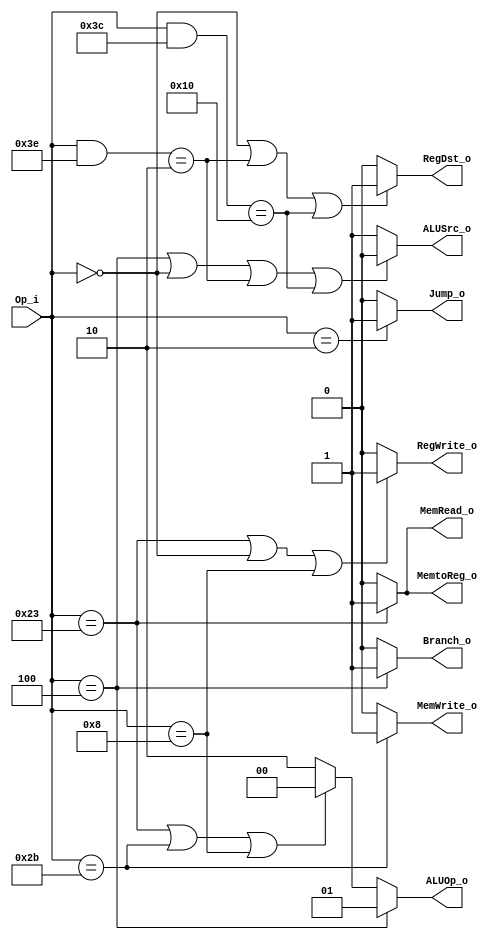
module Control(Op_i,RegDst_o,Jump_o,Branch_o,MemRead_o,MemtoReg_o,ALUOp_o,MemWrite_o,ALUSrc_o,RegWrite_o);
parameter Op_lw=6'b100011,Op_sw=6'b101011,Op_beq=6'b000100,Op_ALU=6'b000000,Op_j=6'b000010,Op_addi=6'b001000;
input	[5:0]	Op_i;
output			RegDst_o,Jump_o,Branch_o,MemRead_o,MemtoReg_o,MemWrite_o,ALUSrc_o,RegWrite_o;
output	[1:0]	ALUOp_o;

assign RegDst_o=(Op_i==0 || (Op_i&6'b111110)==6'b000010 || 
	(Op_i&6'b111100)==6'b010000)?1:0;
assign Jump_o=(Op_i==Op_j)?1:0;
assign Branch_o=(Op_i==Op_beq)?1:0;
assign MemRead_o=(Op_i==Op_lw)?1:0;
assign MemtoReg_o=(Op_i==Op_lw)?1:0;
assign ALUOp_o=(Op_i==Op_beq)?2'b01:(Op_i==Op_lw || Op_i==Op_sw || Op_i==Op_addi)?2'b00:2'b10;
assign MemWrite_o=(Op_i==Op_sw)?1:0;
assign ALUSrc_o=(Op_i==Op_beq || Op_i==0 || (Op_i&6'b111110)==6'b000010 || 
	(Op_i&6'b111100)==6'b010000)?0:1;
assign RegWrite_o=(Op_i==Op_lw || Op_i==Op_ALU || Op_i==6'b001000)?1:0;

endmodule